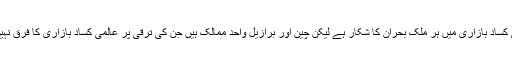
عالمی کساد بازاری میں ہر ملک بحران کا شکار ہے لیکن چین اور برازیل واحد ممالک ہیں جن کی ترقی پر عالمی کساد بازاری کا فرق نہیں پڑا۔